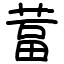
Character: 葍